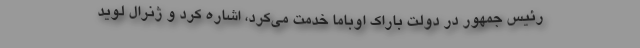
رئیس جمهور در دولت باراک اوباما خدمت می‌کرد، اشاره کرد و ژنرال لوید